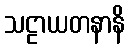
သဠာယတနာနိ